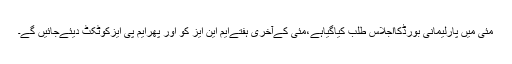
مئی میں پارلیمانی بورڈکااجلاس طلب کیاگیاہے،مئی کےآخری ہفتےایم این ایز کو اور پھرایم پی ایزکوٹکٹ دیئےجائیں گے۔